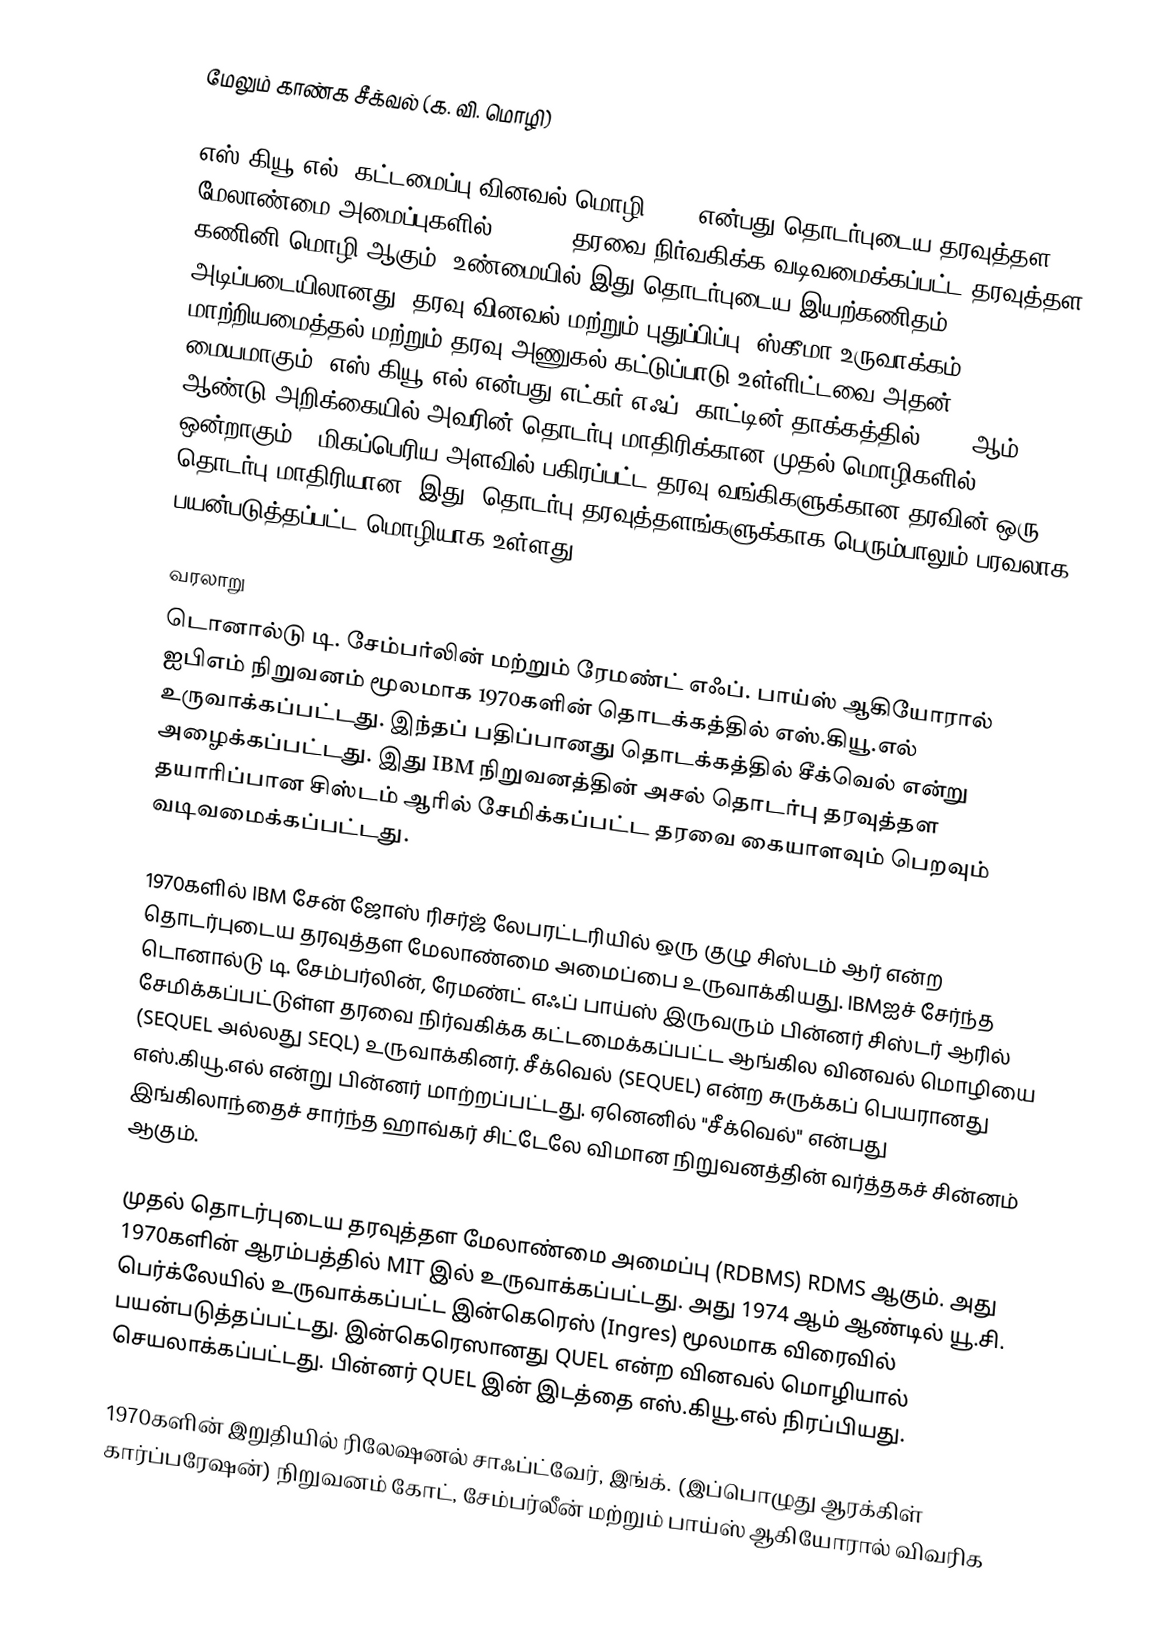
மேலும் காண்க சீக்வல் (க. வி. மொழி)

எஸ்.கியூ.எல் (கட்டமைப்பு வினவல் மொழி) (  ) என்பது தொடர்புடைய தரவுத்தள மேலாண்மை அமைப்புகளில் (RDBMS) தரவை நிர்வகிக்க வடிவமைக்கப்பட்ட தரவுத்தள கணினி மொழி ஆகும். உண்மையில் இது தொடர்புடைய இயற்கணிதம் அடிப்படையிலானது. தரவு வினவல் மற்றும் புதுப்பிப்பு, ஸ்கீமா உருவாக்கம், மாற்றியமைத்தல் மற்றும் தரவு அணுகல் கட்டுப்பாடு உள்ளிட்டவை அதன் மையமாகும். எஸ்.கியூ.எல் என்பது எட்கர் எஃப். காட்டின் தாக்கத்தில் 1970 ஆம் ஆண்டு அறிக்கையில் அவரின் தொடர்பு மாதிரிக்கான முதல் மொழிகளில் ஒன்றாகும். "மிகப்பெரிய அளவில் பகிரப்பட்ட தரவு வங்கிகளுக்கான தரவின் ஒரு தொடர்பு மாதிரியான" இது, தொடர்பு தரவுத்தளங்களுக்காக பெரும்பாலும் பரவலாக பயன்படுத்தப்பட்ட மொழியாக உள்ளது.

வரலாறு
டொனால்டு டி. சேம்பர்லின் மற்றும் ரேமண்ட் எஃப். பாய்ஸ் ஆகியோரால் ஐபிஎம் நிறுவனம் மூலமாக 1970களின் தொடக்கத்தில் எஸ்.கியூ.எல் உருவாக்கப்பட்டது. இந்தப் பதிப்பானது தொடக்கத்தில் சீக்வெல் என்று அழைக்கப்பட்டது. இது IBM நிறுவனத்தின் அசல் தொடர்பு தரவுத்தள தயாரிப்பான சிஸ்டம் ஆரில் சேமிக்கப்பட்ட தரவை கையாளவும் பெறவும் வடிவமைக்கப்பட்டது.

1970களில் IBM சேன் ஜோஸ் ரிசர்ஜ் லேபரட்டரியில் ஒரு குழு சிஸ்டம் ஆர் என்ற தொடர்புடைய தரவுத்தள மேலாண்மை அமைப்பை உருவாக்கியது. IBMஐச் சேர்ந்த டொனால்டு டி. சேம்பர்லின், ரேமண்ட் எஃப் பாய்ஸ் இருவரும் பின்னர் சிஸ்டர் ஆரில் சேமிக்கப்பட்டுள்ள தரவை நிர்வகிக்க கட்டமைக்கப்பட்ட ஆங்கில வினவல் மொழியை (SEQUEL அல்லது SEQL) உருவாக்கினர். சீக்வெல் (SEQUEL) என்ற சுருக்கப் பெயரானது எஸ்.கியூ.எல் என்று பின்னர் மாற்றப்பட்டது. ஏனெனில் "சீக்வெல்" என்பது இங்கிலாந்தைச் சார்ந்த ஹாவ்கர் சிட்டேலே விமான நிறுவனத்தின் வர்த்தகச் சின்னம் ஆகும்.

முதல் தொடர்புடைய தரவுத்தள மேலாண்மை அமைப்பு (RDBMS) RDMS ஆகும். அது 1970களின் ஆரம்பத்தில் MIT இல் உருவாக்கப்பட்டது. அது 1974 ஆம் ஆண்டில் யூ.சி. பெர்க்லேயில் உருவாக்கப்பட்ட இன்கெரெஸ் (Ingres) மூலமாக விரைவில் பயன்படுத்தப்பட்டது. இன்கெரெஸானது QUEL என்ற வினவல் மொழியால் செயலாக்கப்பட்டது. பின்னர் QUEL இன் இடத்தை எஸ்.கியூ.எல் நிரப்பியது.

1970களின் இறுதியில் ரிலேஷனல் சாஃப்ட்வேர், இங்க். (இப்பொழுது ஆரக்கிள் கார்ப்பரேஷன்) நிறுவனம் கோட், சேம்பர்லீன் மற்றும் பாய்ஸ் ஆகியோரால் விவரிக